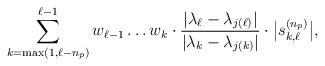
LaTeX: \begin{align*}\sum_{k=\max(1,\ell-n_p)}^{\ell-1}w_{\ell-1}\dots w_k\cdot \frac{\vert\lambda_\ell-\lambda_{j(\ell)}\vert}{\vert \lambda_k-\lambda_{j(k)}\vert} \cdot\big\vert s_{k,\ell}^{(n_p)}\big\vert,\end{align*}